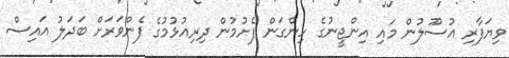
ވިޔަފާރި އުސޫލުން މައި އިންޖީނުގެ ހިންގަން ފެށުމުން ދިރިއުޅުމުގެ ފެންވަރަށް ބަދަލު އައިސް